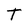
Character: T